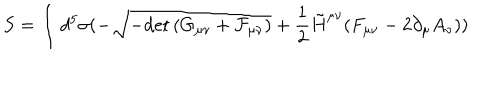
S = \int d ^ { 5 } \sigma ( - \sqrt { - \mathrm { d e t } \, ( G _ { \mu \nu } + \cal F _ { \mu \nu } ) } + \frac { 1 } { 2 } \tilde { H } ^ { \mu \nu } ( F _ { \mu \nu } - 2 \partial _ { \mu } A _ { \nu } ) )